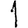
Digit: 1